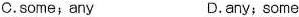
C. some;any D. any;some